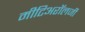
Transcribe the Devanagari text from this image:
मीटिअरॉलजी